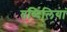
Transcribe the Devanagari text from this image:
तब्दिलियां